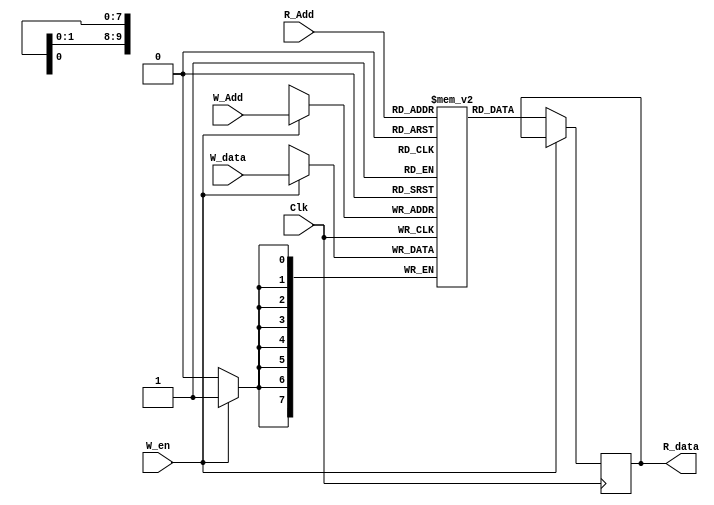
module Register_File(Clk, W_en, W_data, R_data, W_Add, R_Add);

// parameters
parameter word = 8;
parameter add  = 10;

// ports
input Clk, W_en;
input [word-1:0] W_data;
input [add-1:0] W_Add;
input [add-1:0] R_Add;
output reg [word-1:0] R_data;

// Memory generation 2D
reg [7:0] reg_file [2**add-1:0];  // 2^10-1 = 1023

// control logic
always@(posedge Clk)
begin
    if(W_en) // if HIGH, then write operation
        reg_file [W_Add] <= W_data; 
    else // otherwise read operation
        R_data <= reg_file [R_Add];
        
end 


endmodule